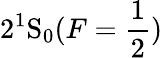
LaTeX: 2^{1}\mathrm{S}_{0}(F=\frac{1}{2})